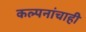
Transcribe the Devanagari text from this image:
कल्पनांचाही